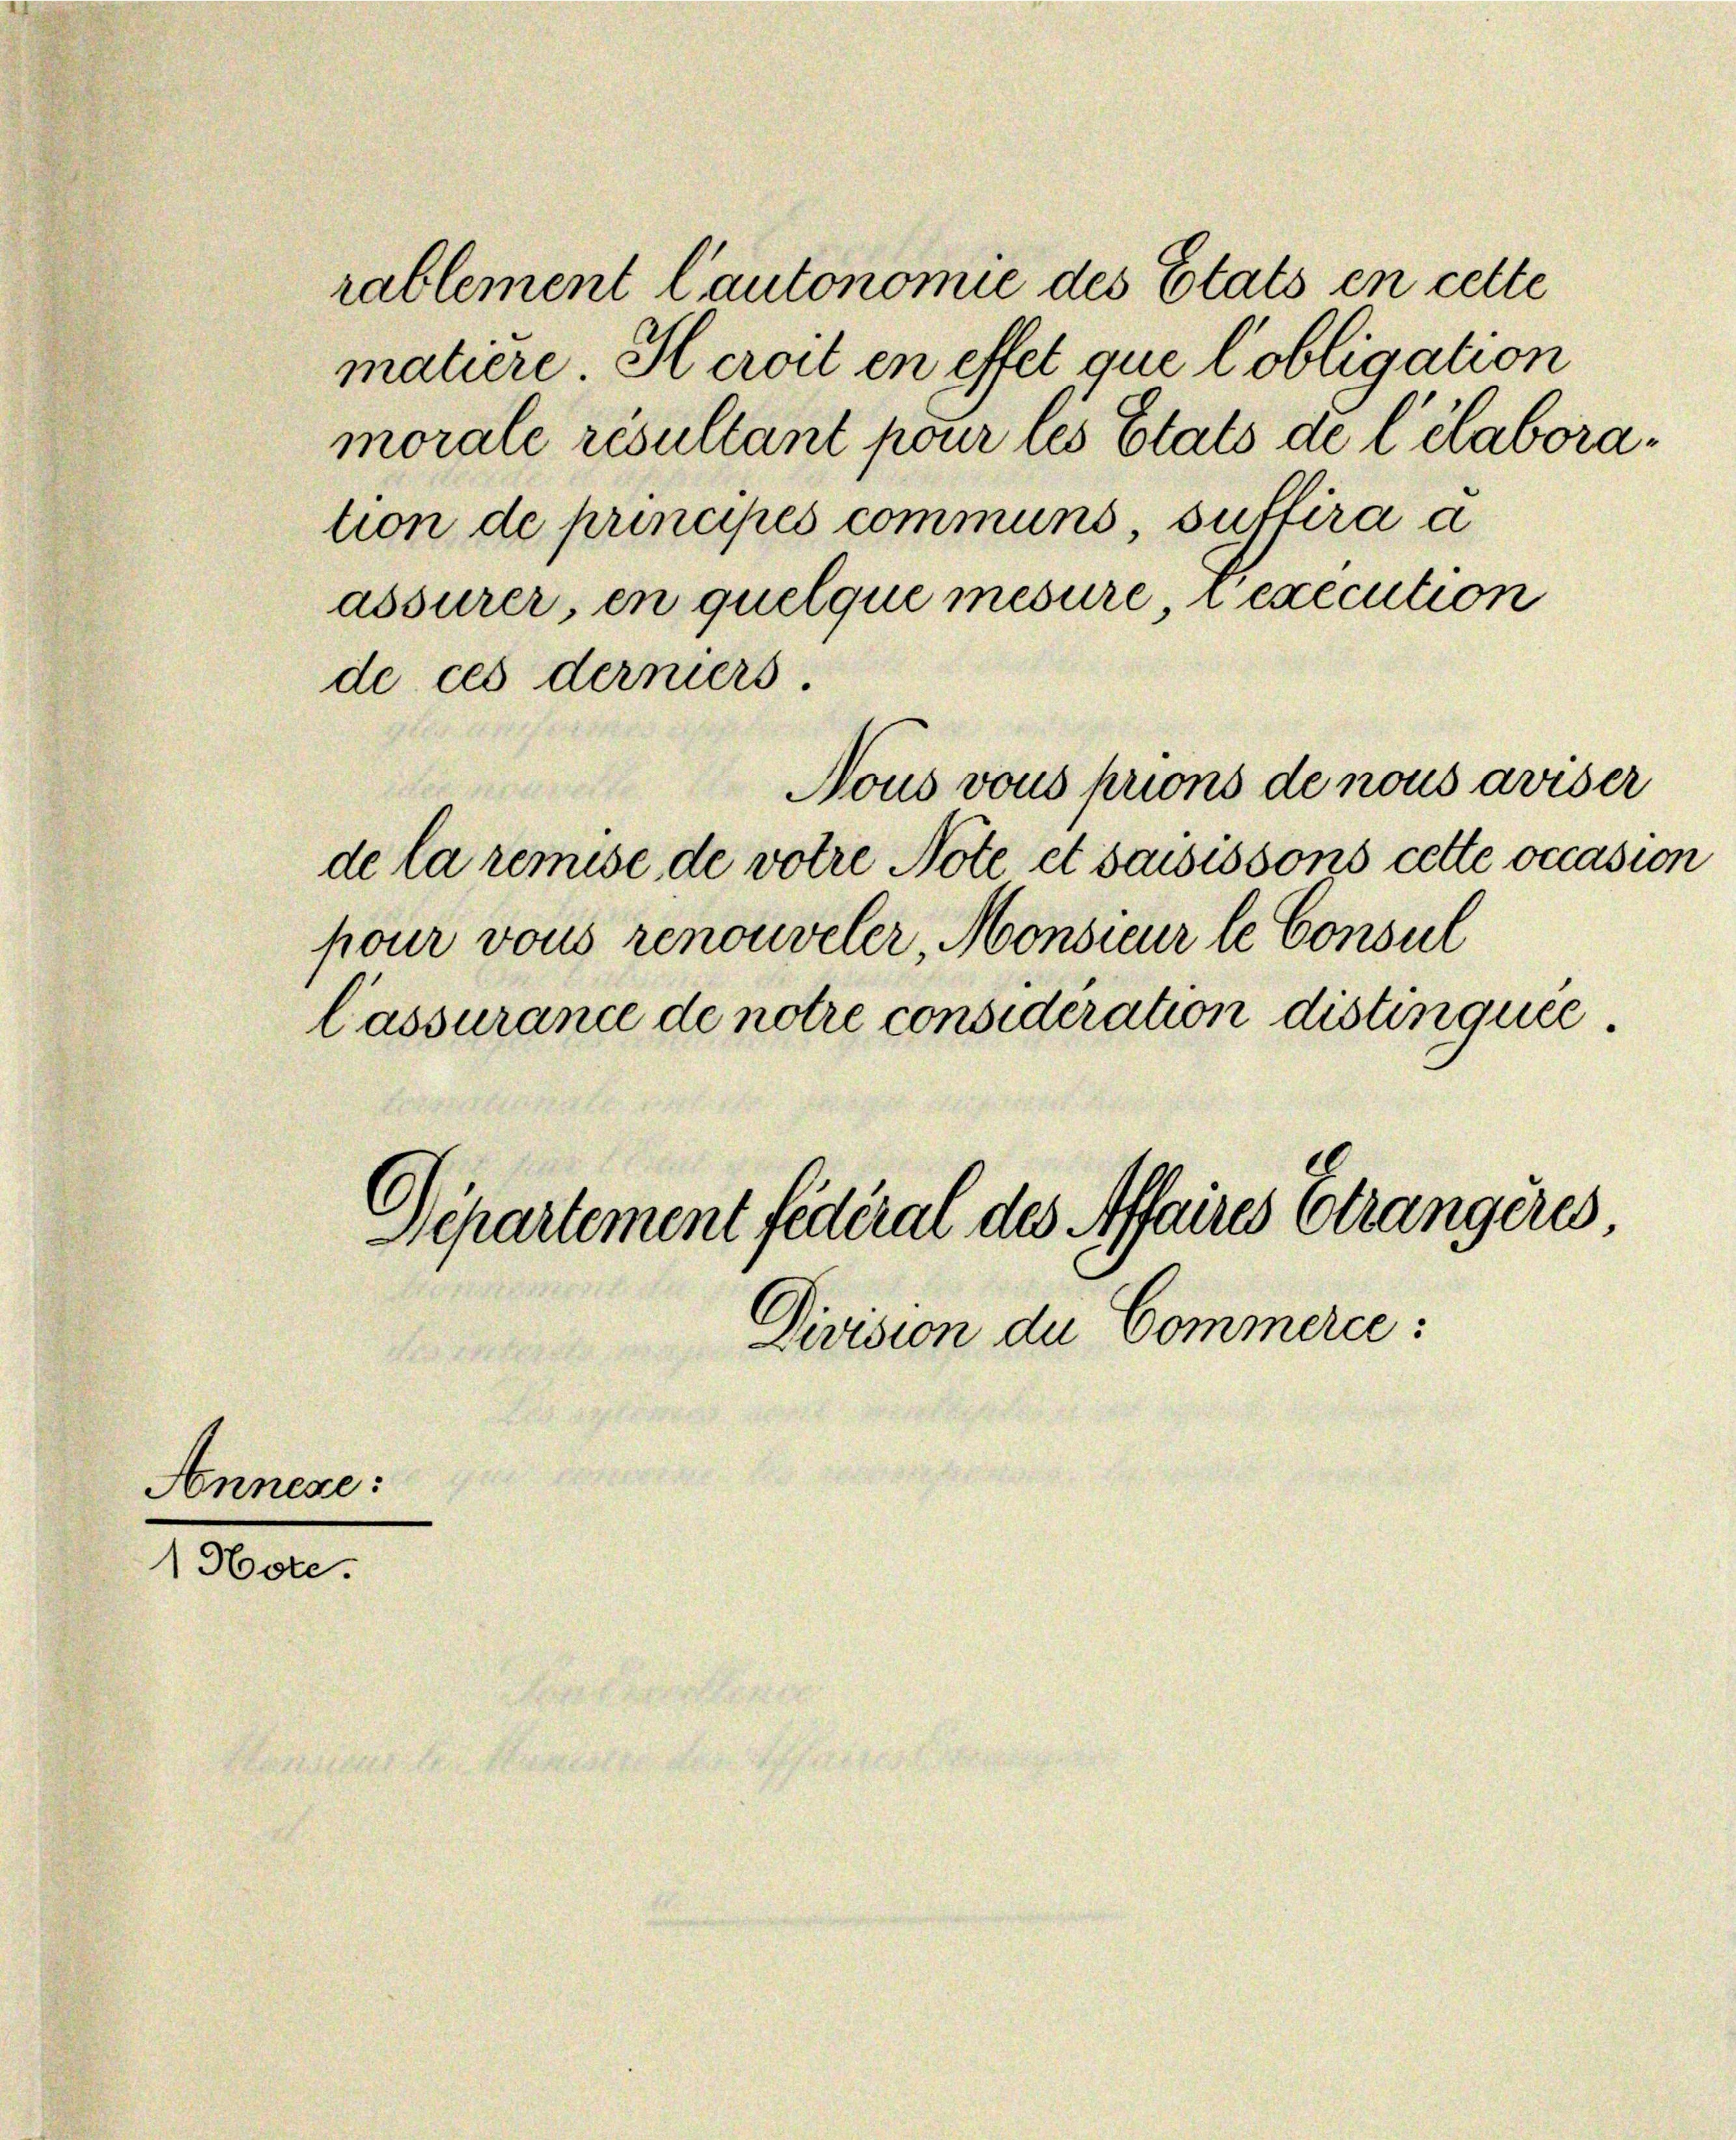
matiere Heroit en effet que lobligation
morale résultant pour les Etats de l’élaboration de principés communs, suffira a

pour vons renouveler Monsieur le Consul
l’assurance de notre considération distin quee
Departement fédéral des Affaires Strangères,
Fensterdien
Division du Commerce:

assurer, en quelque mesure, i execution
de ces derniers.

Nous vous prions de nous aviser
eter
de la remise de votre Note et saisissons cette occasion

Anneze:

1 Hote.

rablement l’autonomie des Etats en cette